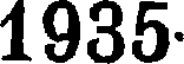
1935.